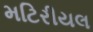
મટિરીયલ